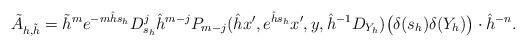
LaTeX: \begin{align*} \tilde A_{h,\tilde h} = \tilde h^m e^{-m\hat h s_h}D_{s_h}^j \hat h^{m-j}P_{m-j}(\hat h x',e^{\hat h s_h}x',y,\hat h^{-1}D_{Y_h})\bigl(\delta(s_h)\delta(Y_h)\bigr)\cdot \hat h^{-n}. \end{align*}